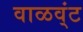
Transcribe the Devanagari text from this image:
वाळव्ंट